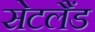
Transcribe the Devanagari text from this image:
सेटलैंड